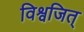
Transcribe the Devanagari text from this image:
विश्वजित्‌